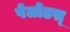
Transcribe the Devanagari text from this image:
पेलोडस्